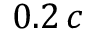
0 . 2 \, c